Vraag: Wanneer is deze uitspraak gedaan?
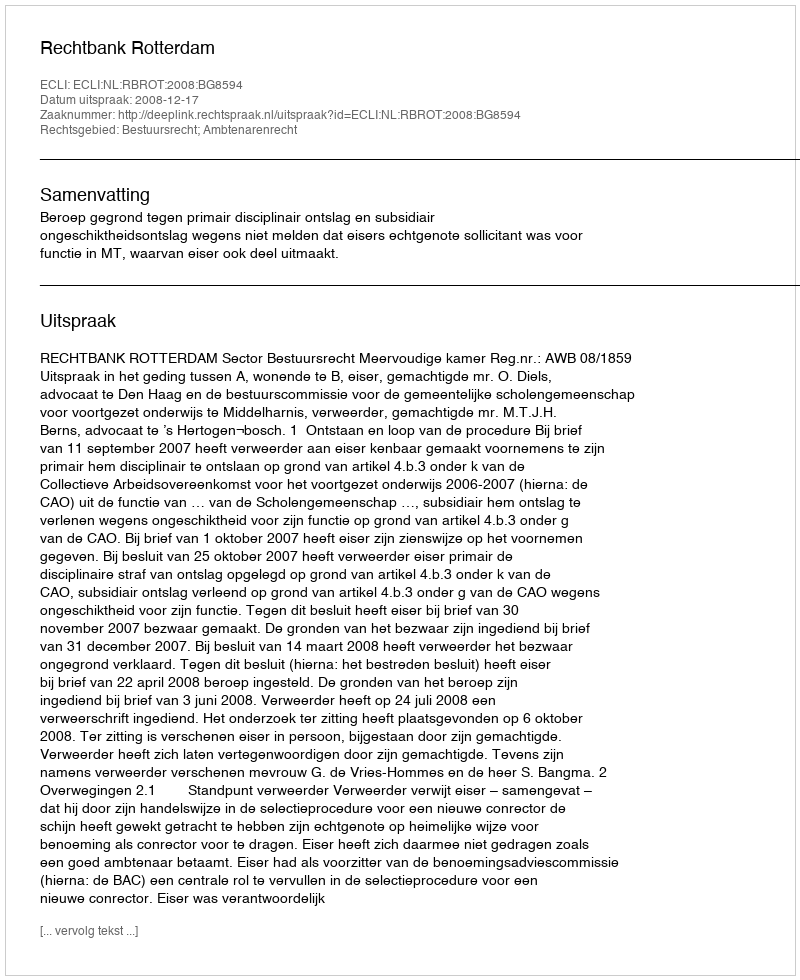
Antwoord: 2008-12-17